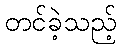
တင်ခဲ့သည့်